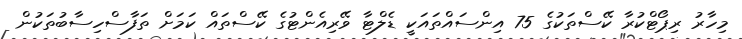
މިހާރު ރިޕޯޓްކުރާ ކޭސްތަކުގެ 75 އިންސައްތައަކީ ޑެލްޓާ ވޭރިއެންޓުގެ ކޭސްތައް ކަމަށް ތަފާސްހިސާބުތަކުން